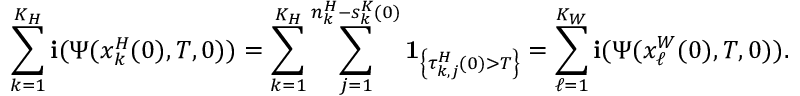
\sum _ { k = 1 } ^ { K _ { H } } \mathbf { i } ( \Psi ( x _ { k } ^ { H } ( 0 ) , T , 0 ) ) = \sum _ { k = 1 } ^ { K _ { H } } \sum _ { j = 1 } ^ { n _ { k } ^ { H } - s _ { k } ^ { K } ( 0 ) } \mathbf { 1 } _ { \left\{ \tau _ { k , j } ^ { H } ( 0 ) > T \right\} } = \sum _ { \ell = 1 } ^ { K _ { W } } \mathbf { i } ( \Psi ( x _ { \ell } ^ { W } ( 0 ) , T , 0 ) ) .